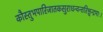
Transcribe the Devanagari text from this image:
कौस्तुभपारिजातकसुराधन्वन्तरिश्चन्द्रमाः।